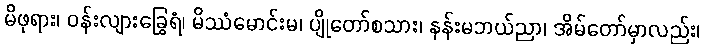
မိဖုရား၊ ဝန်းလျားခြွေရံ၊ မိဿံမောင်းမ၊ ပျိုတော်စသား၊ နန်းမဘယ်ညာ၊ အိမ်တော်မှာလည်း၊